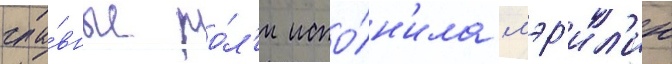
гла́вные ро́л'и испо́лн'ила мэр'ил'ин